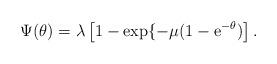
LaTeX: \begin{align*} \Psi(\theta)=\lambda\left[1- \exp\{-\mu(1-{\rm e}^{-\theta})\right]. \end{align*}